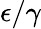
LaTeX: \epsilon/\gamma